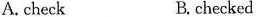
A. check B.checked